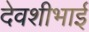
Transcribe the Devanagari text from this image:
देवशीभाई